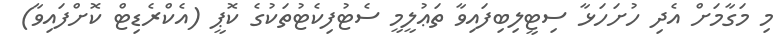
މި މަގާމަށް އެދި ހުށަހަޅާ ސިޓީލިބިފައިވާ ތަޢުލީމީ ސެޓުފިކެޓުތަކުގެ ކޮޕީ (އެކްރެޑިޓް ކޮށްފައިވާ)